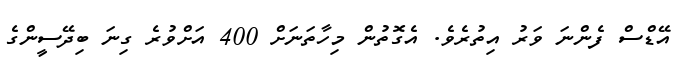
އޭޑްސް ފެންނަ ވަރު އިތުރެވެ. އެގޮތުން މިހާތަނަށް 400 އަށްވުރެ ގިނަ ބިދޭސީންގެ